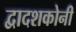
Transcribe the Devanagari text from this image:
द्वादशकोनी